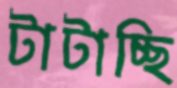
টাটাচ্ছি